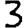
Digit: 3